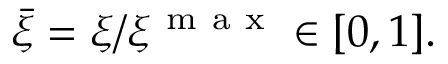
\bar { \xi } = \xi / \xi ^ { \mathrm { ~ m ~ a ~ x ~ } } \in [ 0 , 1 ] .